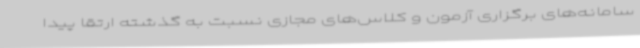
سامانه‌های برگزاری آزمون و کلاس‌های مجازی نسبت به گذشته ارتقا پیدا